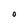
Character: o